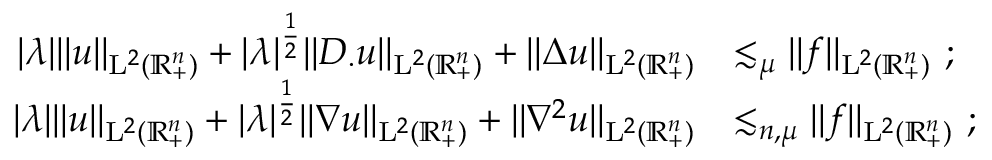
\begin{array} { r l } { \lvert \lambda \rvert \lVert u \rVert _ { { \mathrm { L } } ^ { 2 } ( \mathbb { R } _ { + } ^ { n } ) } + \lvert \lambda \rvert ^ { \frac { 1 } { 2 } } \lVert D _ { \cdot } u \rVert _ { { \mathrm { L } } ^ { 2 } ( \mathbb { R } _ { + } ^ { n } ) } + \lVert \Delta u \rVert _ { { \mathrm { L } } ^ { 2 } ( \mathbb { R } _ { + } ^ { n } ) } } & { \lesssim _ { \mu } \lVert f \rVert _ { { \mathrm { L } } ^ { 2 } ( \mathbb { R } _ { + } ^ { n } ) } \mathrm { ~ ; ~ } } \\ { \lvert \lambda \rvert \lVert u \rVert _ { { \mathrm { L } } ^ { 2 } ( \mathbb { R } _ { + } ^ { n } ) } + \lvert \lambda \rvert ^ { \frac { 1 } { 2 } } \lVert \nabla u \rVert _ { { \mathrm { L } } ^ { 2 } ( \mathbb { R } _ { + } ^ { n } ) } + \lVert \nabla ^ { 2 } u \rVert _ { { \mathrm { L } } ^ { 2 } ( \mathbb { R } _ { + } ^ { n } ) } } & { \lesssim _ { n , \mu } \lVert f \rVert _ { { \mathrm { L } } ^ { 2 } ( \mathbb { R } _ { + } ^ { n } ) } \mathrm { ~ ; ~ } } \end{array}